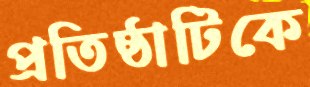
প্রতিষ্ঠাটিকে